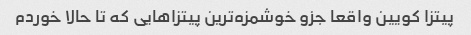
پیتزا کویین واقعا جزو خوشمزه‌ترین پیتزاهایی که تا حالا خوردم